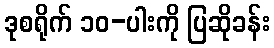
ဒုစရိုက် ၁၀-ပါးကို ပြဆိုခန်း